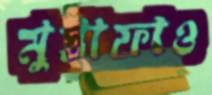
মুস্তাফাও